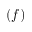
( f )